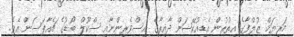
މަރިޔަމް ޒުލްފާގެ އިތުރުން އެޑިއުކޭޝަން ދާއިރާގެ އިސްވެރިންނާއި ސްކޫލް ބޯޑުގެ ޗެއާޕަސަން އެވެ.